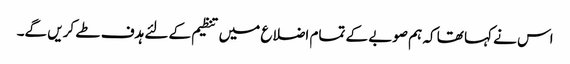
اس نے کہا تھا کہ ہم صوبے کے تمام اضلاع میں تنظیم کے لئے ہدف طے کریں گے۔